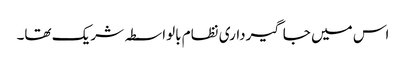
اس میں جاگیرداری نظام بالواسطہ شریک تھا۔